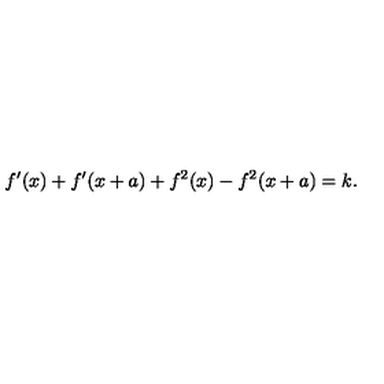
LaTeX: f ^ { \prime } ( x ) + f ^ { \prime } ( x + a ) + f ^ { 2 } ( x ) - f ^ { 2 } ( x + a ) = k .